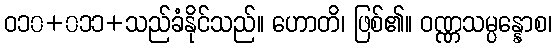
ဝ၁၀+၀၁၁+သည်ခံနိုင်သည်။ ဟောတိ၊ ဖြစ်၏။ ဝဏ္ဏသမ္ပန္နောစ၊